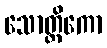
သောတ္တိကော